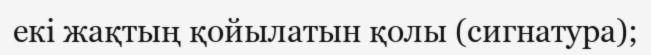
екі жақтың қойылатын қолы (сигнатура);